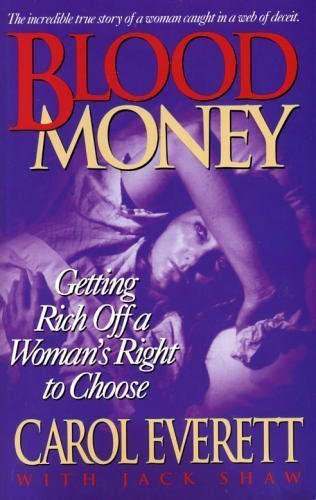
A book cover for Blood Money: Getting Rich Off a Woman's Right to Choose; Carol Everett; Politics & Social Sciences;